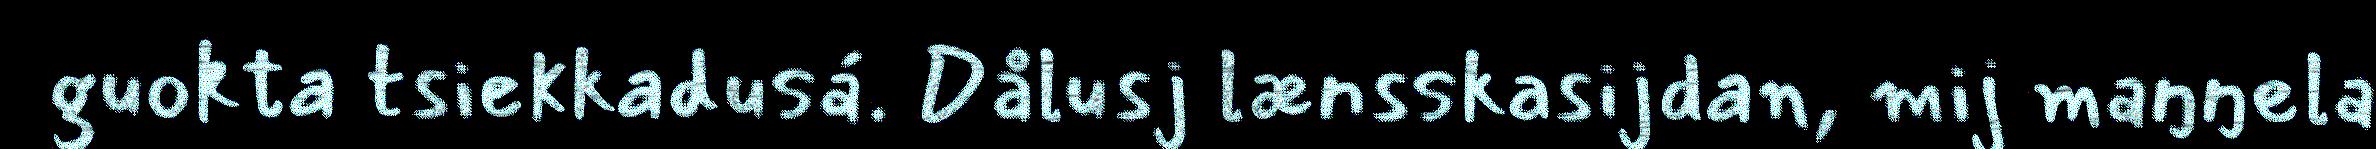
guokta tsiekkadusá. Dålusj lænsskasijdan, mij maŋŋela